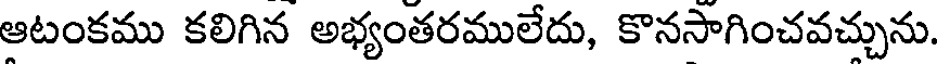
ఆటంకము కలిగిన అభ్యంతరములేదు, కొనసాగించవచ్చును.